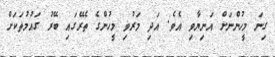
ގިނަ މީހުންނަށް އަނިޔާވި އެވެ. އަދި މަރުވި މީހުންގެ ތެރޭގައި ބޭރު ގައުމުތަކަށް